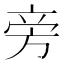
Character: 旁